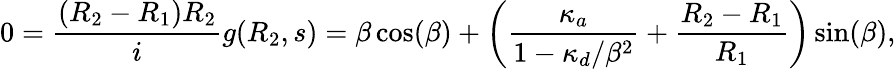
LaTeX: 0=\frac{(R_{2}-R_{1})R_{2}}{i}g(R_{2},s)=\beta\cos(\beta)+\biggl(\frac{\kappa_{a}}{1-\kappa_{d}/\beta^{2}}+\frac{R_{2}-R_{1}}{R_{1}}\biggr)\sin(\beta),